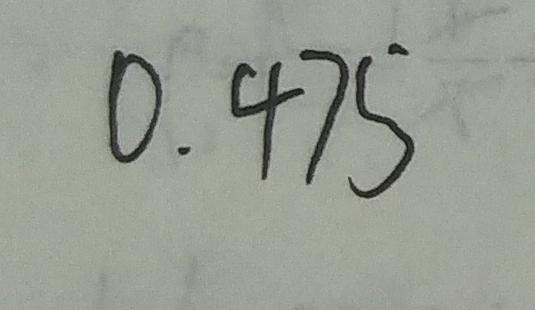
0 . 4 7 5